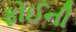
ફોઈની